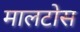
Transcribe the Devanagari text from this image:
मालटोस